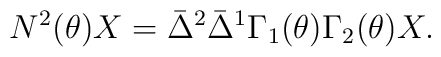
N^2(\theta)X=\bar{\Delta}^2\bar{\Delta}^1\Gamma_1(\theta)\Gamma_2(\theta)X.